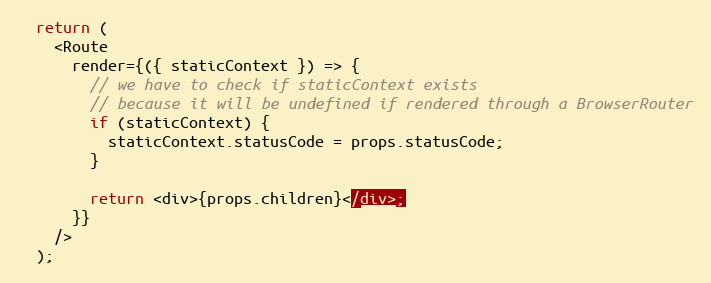
Language: JavaScript
  return (
    <Route
      render={({ staticContext }) => {
        // we have to check if staticContext exists
        // because it will be undefined if rendered through a BrowserRouter
        if (staticContext) {
          staticContext.statusCode = props.statusCode;
        }

        return <div>{props.children}</div>;
      }}
    />
  );